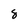
Character: 8